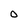
Character: O